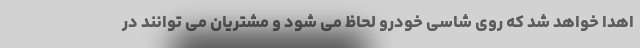
اهدا خواهد شد که روی شاسی خودرو لحاظ می شود و مشتریان می توانند در